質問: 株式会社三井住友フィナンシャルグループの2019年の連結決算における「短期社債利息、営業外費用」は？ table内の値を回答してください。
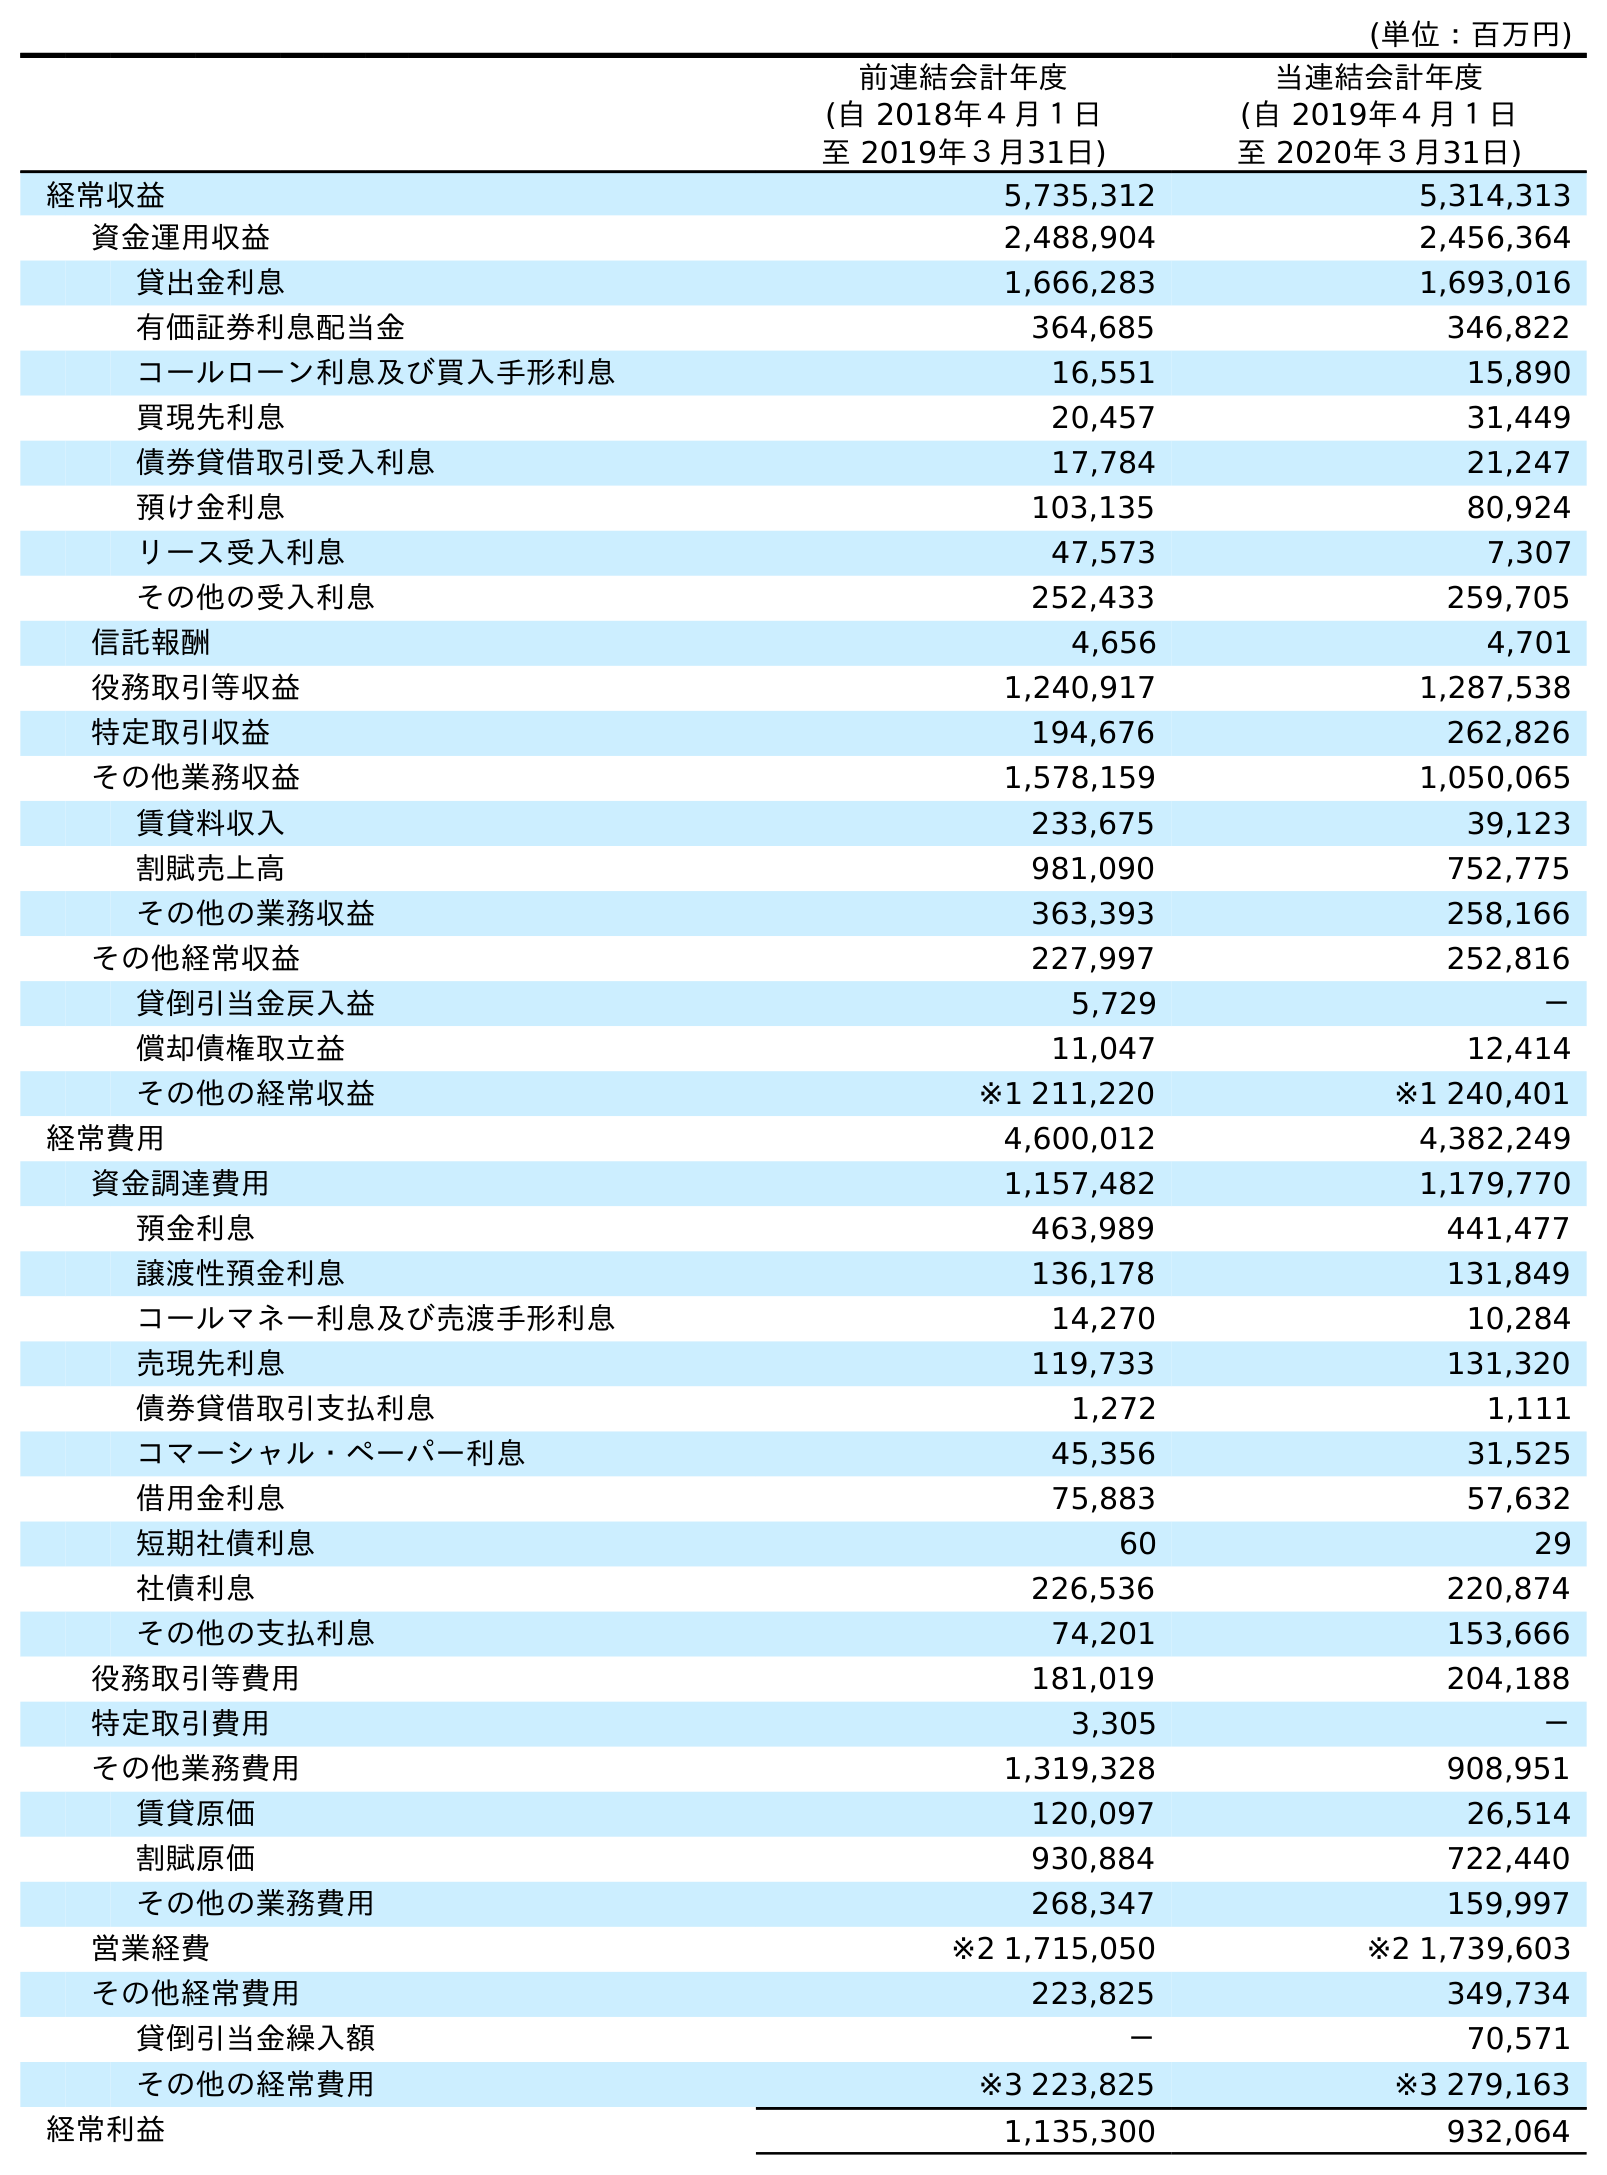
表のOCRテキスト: (単位：百万円) 前連結会計年度 (自 2018年４月１日 至 2019年３月31日) 当連結会計年度 (自 2019年４月１日 至 2020年３月31日) 経常収益 5,735,312 5,314,313 資金運用収益 2,488,904 2,456,364 貸出金利息 1,666,283 1,693,016 有価証券利息配当金 364,685 346,822 コールローン利息及び買入手形利息 16,551 15,890 買現先利息 20,457 31,449 債券貸借取引受入利息 17,784 21,247 預け金利息 103,135 80,924 リース受入利息 47,573 7,307 その他の受入利息 252,433 259,705 信託報酬 4,656 4,701 役務取引等収益 1,240,917 1,287,538 特定取引収益 194,676 262,826 その他業務収益 1,578,159 1,050,065 賃貸料収入 233,675 39,123 割賦売上高 981,090 752,775 その他の業務収益 363,393 258,166 その他経常収益 227,997 252,816 貸倒引当金戻入益 5,729 － 償却債権取立益 11,047 12,414 その他の経常収益 ※1 211,220 ※1 240,401 経常費用 4,600,012 4,382,249 資金調達費用 1,157,482 1,179,770 預金利息 463,989 441,477 譲渡性預金利息 136,178 131,849 コールマネー利息及び売渡手形利息 14,270 10,284 売現先利息 119,733 131,320 債券貸借取引支払利息 1,272 1,111 コマーシャル・ペーパー利息 45,356 31,525 借用金利息 75,883 57,632 短期社債利息 60 29 社債利息 226,536 220,874 その他の支払利息 74,201 153,666 役務取引等費用 181,019 204,188 特定取引費用 3,305 － その他業務費用 1,319,328 908,951 賃貸原価 120,097 26,514 割賦原価 930,884 722,440 その他の業務費用 268,347 159,997 営業経費 ※2 1,715,050 ※2 1,739,603 その他経常費用 223,825 349,734 貸倒引当金繰入額 － 70,571 その他の経常費用 ※3 223,825 ※3 279,163 経常利益 1,135,300 932,064
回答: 60